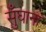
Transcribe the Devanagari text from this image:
सुँघाना